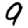
Digit: 9